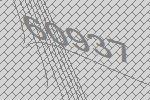
60937